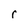
Character: r